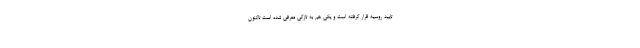
تایید روسیه قرار گرفته است و یکی هم به تازگی معرفی شده است تاکنون